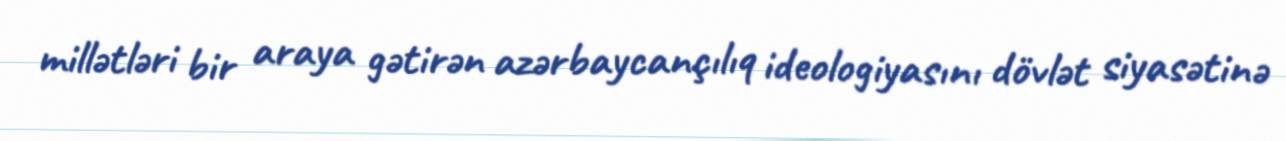
millətləri bir araya gətirən azərbaycançılıq ideologiyasını dövlət siyasətinə